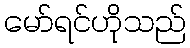
မော်ရင်ဟိုသည်